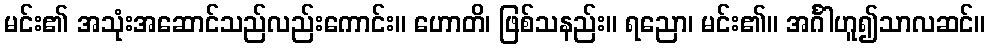
မင်း၏ အသုံးအဆောင်သည်လည်းကောင်း။ ဟောတိ၊ ဖြစ်သနည်း။ ရညော၊ မင်း၏။ အင်္ဂါဟူ၍သာလဆင်။